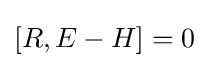
[R,E-H]=0